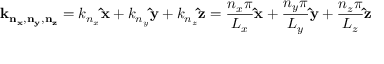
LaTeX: \mathbf { k _ { n _ { x } , n _ { y } , n _ { z } } } = k _ { n _ { x } } \mathbf { \hat { x } } + k _ { n _ { y } } \mathbf { \hat { y } } + k _ { n _ { z } } \mathbf { \hat { z } } = { \frac { n _ { x } \pi } { L _ { x } } } \mathbf { \hat { x } } + { \frac { n _ { y } \pi } { L _ { y } } } \mathbf { \hat { y } } + { \frac { n _ { z } \pi } { L _ { z } } } \mathbf { \hat { z } }